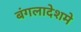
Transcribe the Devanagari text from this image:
बंगलादेशमे